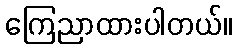
ကြေညာထားပါတယ်။